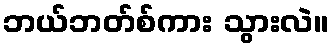
ဘယ်ဘတ်စ်ကား သွားလဲ။